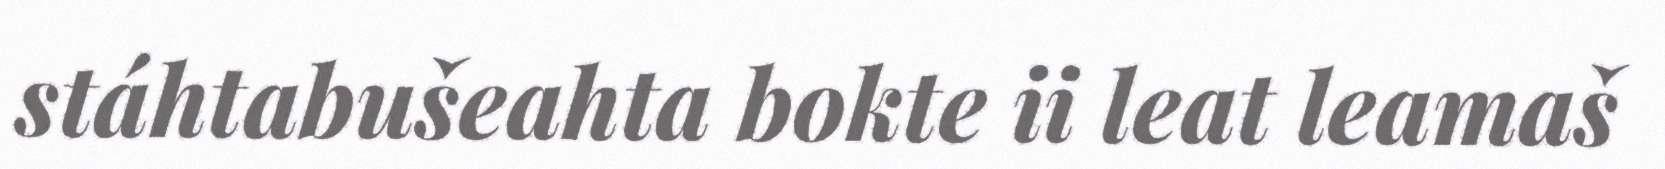
stáhtabušeahta bokte ii leat leamaš